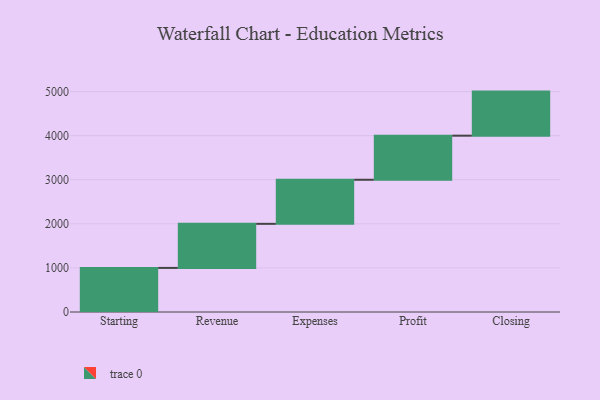
{"axis": {"x": "Step", "y": "Value"}, "legend": [""], "data": [{"x": "Starting", "y": 1000, "type": ""}, {"x": "Revenue", "y": 1000, "type": ""}, {"x": "Expenses", "y": 1000, "type": ""}, {"x": "Profit", "y": 1000, "type": ""}, {"x": "Closing", "y": 1000, "type": ""}]}